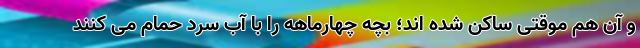
و آن هم موقتی ساکن شده اند؛ بچه چهارماهه را با آب سرد حمام می کنند